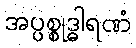
အပ္ပစ္စုဒ္ဓါရဏံ